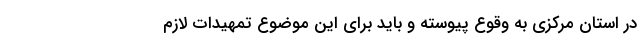
در استان مرکزی به وقوع پیوسته و باید برای این موضوع تمهیدات لازم